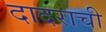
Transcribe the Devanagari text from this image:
दादराची